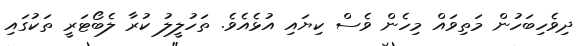
ދިވެހިބަހުން މަތިވައް މިހެން ވެސް ކިޔައި އުޅެއެވެ. ތަހުލީލު ކުރާ ލެބޯޓަރީ ތަކުގައި